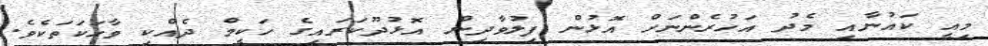
މިއީ ކައުނާއި މެދު އަހުރެންނަށް އޮޅުން ފިލުވާދިން އޮޅުދޫކަރައިގެ ހަކީމް ދެއްކި ވާހަކަތަކެވެ.